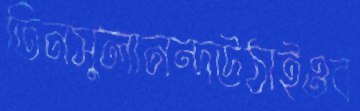
তিনসুলানন্দউঠাইওব